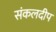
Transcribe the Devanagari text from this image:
संकलदीप